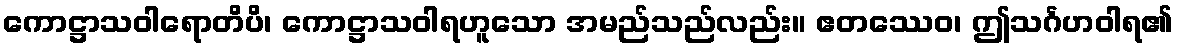
ကောဋ္ဌာသဝါရောတိပိ၊ ကောဋ္ဌာသဝါရဟူသော အမည်သည်လည်း။ ဧတဿေဝ၊ ဤသင်္ဂဟဝါရ၏